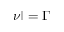
\vert \nu \vert = \Gamma